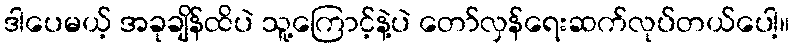
ဒါပေမယ့် အခုချိန်ထိပဲ သူ့ကြောင့်နဲ့ပဲ တော်လှန်ရေးဆက်လုပ်တယ်ပေါ့။